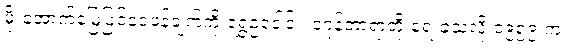
မိုးအောက်မြေပြင်ဝေဖန်ချက်ကို ရွှေဥဒေါင်း၊ ဒဂုန်တာရာတို့ ရေးခဲ့သလို ၁၉၅၉ က